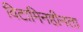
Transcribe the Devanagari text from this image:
विटामिनहीनता